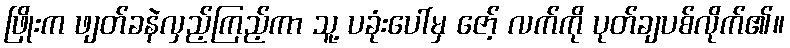
ဖြိုးက ဖျတ်ခနဲလှည့်ကြည့်ကာ သူ့ ပခုံးပေါ်မှ ဇော့် လက်ကို ပုတ်ချပစ်လိုက်၏။